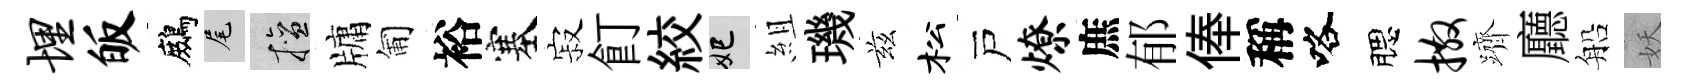
埋皈鷓尾擅牗匍裕塞寂飣絞妃組璣兹松戸燎庶郁俸稱咯腮撒躋廳船妖